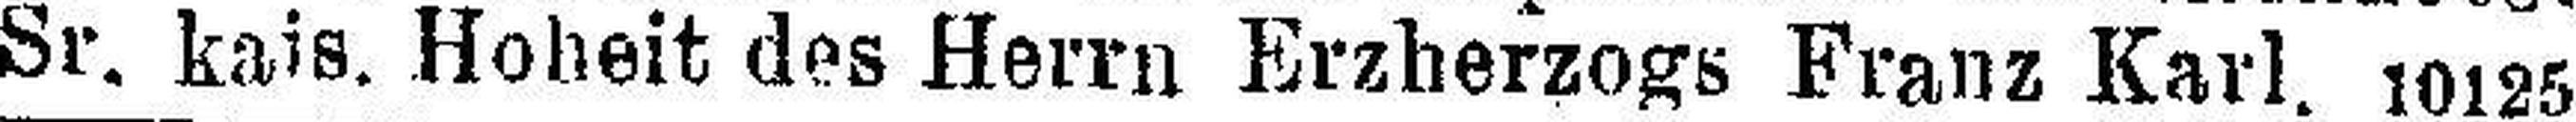
Sr. kais. Hoheit des Herrn Erzherzogs Franz Karl. 10125